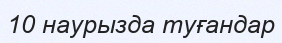
10 наурызда туғандар